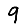
Digit: 9